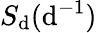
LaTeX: S_{\mathrm{d}}(\mathrm{d}^{-1})